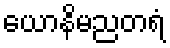
ယောနိမညတရံ